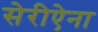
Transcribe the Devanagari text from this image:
सेरीऐना